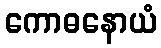
ကောဓနောယံ